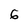
Character: 6